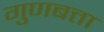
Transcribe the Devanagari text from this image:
गुणबत्ता